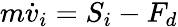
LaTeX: m{\dot{v}}_{i}={S}_{i}-{F}_{d}